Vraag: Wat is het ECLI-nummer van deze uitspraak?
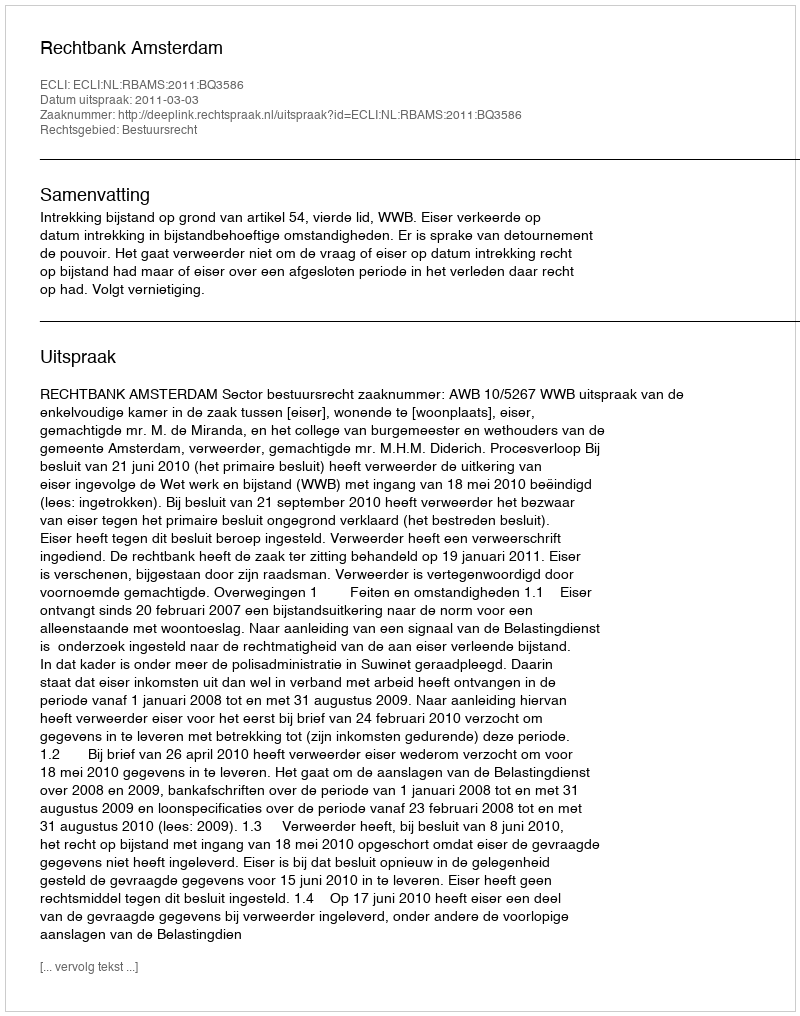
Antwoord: ECLI:NL:RBAMS:2011:BQ3586